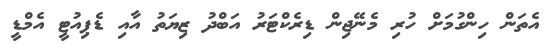
އެތަން ހިންގުމަށް ހުރި މެނޭޖިން ޑިރެކްޓަރު އަބްދު ޒިޔަތު އާއި ޑެޕިއުޓީ އެމްޑީ